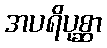
အပရိပုစ္ဆာ